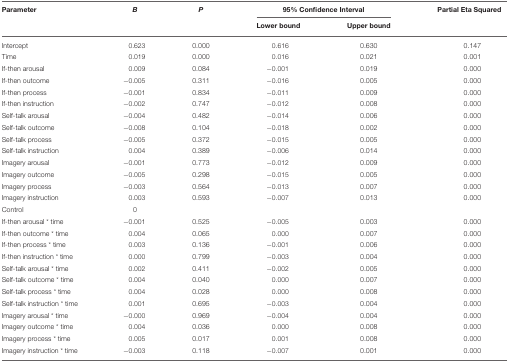
<table><thead><tr><td><b>Parameter</b></td><td><b><i>B</i></b></td><td><b><i>P</i></b></td><td colspan="2"><b>95% Confidence Interval</b></td><td><b>Partial Eta Squared</b></td></tr><tr><td></td><td></td><td></td><td><b>Lower bound</b></td><td><b>Upper bound</b></td><td></td></tr></thead><tbody><tr><td>Intercept</td><td>0.623</td><td>0.000</td><td>0.616</td><td>0.630</td><td>0.147</td></tr><tr><td>Time</td><td>0.019</td><td>0.000</td><td>0.016</td><td>0.021</td><td>0.001</td></tr><tr><td>If-then arousal</td><td>0.009</td><td>0.084</td><td>−0.001</td><td>0.019</td><td>0.000</td></tr><tr><td>If-then outcome</td><td>−0.005</td><td>0.311</td><td>−0.016</td><td>0.005</td><td>0.000</td></tr><tr><td>If-then process</td><td>−0.001</td><td>0.834</td><td>−0.011</td><td>0.009</td><td>0.000</td></tr><tr><td>If-then instruction</td><td>−0.002</td><td>0.747</td><td>−0.012</td><td>0.008</td><td>0.000</td></tr><tr><td>Self-talk arousal</td><td>−0.004</td><td>0.482</td><td>−0.014</td><td>0.006</td><td>0.000</td></tr><tr><td>Self-talk outcome</td><td>−0.008</td><td>0.104</td><td>−0.018</td><td>0.002</td><td>0.000</td></tr><tr><td>Self-talk process</td><td>−0.005</td><td>0.372</td><td>−0.015</td><td>0.005</td><td>0.000</td></tr><tr><td>Self-talk instruction</td><td>0.004</td><td>0.389</td><td>−0.006</td><td>0.014</td><td>0.000</td></tr><tr><td>Imagery arousal</td><td>−0.001</td><td>0.773</td><td>−0.012</td><td>0.009</td><td>0.000</td></tr><tr><td>Imagery outcome</td><td>−0.005</td><td>0.298</td><td>−0.015</td><td>0.005</td><td>0.000</td></tr><tr><td>Imagery process</td><td>−0.003</td><td>0.564</td><td>−0.013</td><td>0.007</td><td>0.000</td></tr><tr><td>Imagery instruction</td><td>0.003</td><td>0.593</td><td>−0.007</td><td>0.013</td><td>0.000</td></tr><tr><td>Control</td><td>0</td><td></td><td></td><td></td><td></td></tr><tr><td>If-then arousal * time</td><td>−0.001</td><td>0.525</td><td>−0.005</td><td>0.003</td><td>0.000</td></tr><tr><td>If-then outcome * time</td><td>0.004</td><td>0.065</td><td>0.000</td><td>0.007</td><td>0.000</td></tr><tr><td>If-then process * time</td><td>0.003</td><td>0.136</td><td>−0.001</td><td>0.006</td><td>0.000</td></tr><tr><td>If-then instruction * time</td><td>0.000</td><td>0.799</td><td>−0.003</td><td>0.004</td><td>0.000</td></tr><tr><td>Self-talk arousal * time</td><td>0.002</td><td>0.411</td><td>−0.002</td><td>0.005</td><td>0.000</td></tr><tr><td>Self-talk outcome * time</td><td>0.004</td><td>0.040</td><td>0.000</td><td>0.007</td><td>0.000</td></tr><tr><td>Self-talk process * time</td><td>0.004</td><td>0.028</td><td>0.000</td><td>0.008</td><td>0.000</td></tr><tr><td>Self-talk instruction * time</td><td>0.001</td><td>0.695</td><td>−0.003</td><td>0.004</td><td>0.000</td></tr><tr><td>Imagery arousal * time</td><td>−0.000</td><td>0.969</td><td>−0.004</td><td>0.004</td><td>0.000</td></tr><tr><td>Imagery outcome * time</td><td>0.004</td><td>0.036</td><td>0.000</td><td>0.008</td><td>0.000</td></tr><tr><td>Imagery process * time</td><td>0.005</td><td>0.017</td><td>0.001</td><td>0.008</td><td>0.000</td></tr><tr><td>Imagery instruction * time</td><td>−0.003</td><td>0.118</td><td>−0.007</td><td>0.001</td><td>0.000</td></tr></tbody></table>